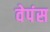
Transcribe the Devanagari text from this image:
वेपंस